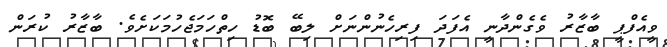
ވީއެފްޕީ ބާޒާރު ވެގެންދާނީ އެފަދަ ފިރިހެނުންނަށް ލިބޭ ބޮޑު ހިތްހަމަޖެހުމަކަށެވެ. ބާޒާރު ކުރަން